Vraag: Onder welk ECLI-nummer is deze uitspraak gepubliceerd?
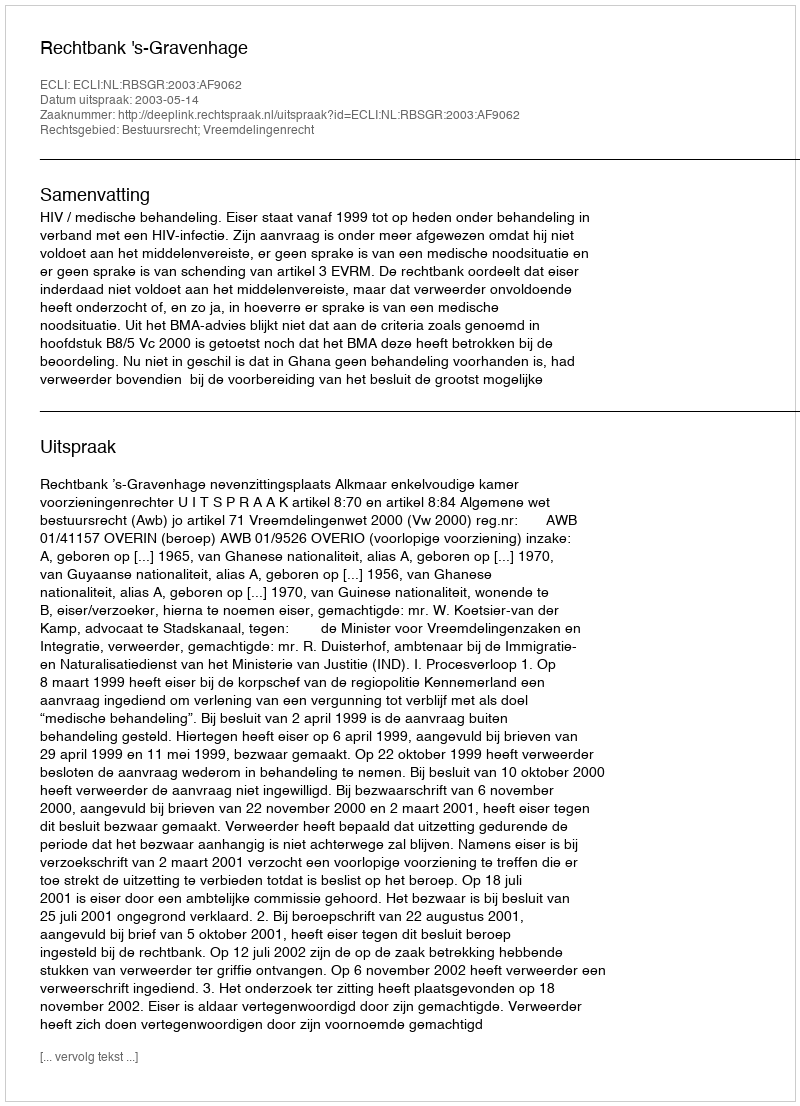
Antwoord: ECLI:NL:RBSGR:2003:AF9062